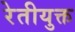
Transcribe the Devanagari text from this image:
रेतीयुक्त